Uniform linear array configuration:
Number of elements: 32
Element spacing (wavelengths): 0.25
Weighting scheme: exponential
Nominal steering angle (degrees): -45
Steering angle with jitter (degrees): -46.127
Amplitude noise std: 0.05
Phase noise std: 0.05

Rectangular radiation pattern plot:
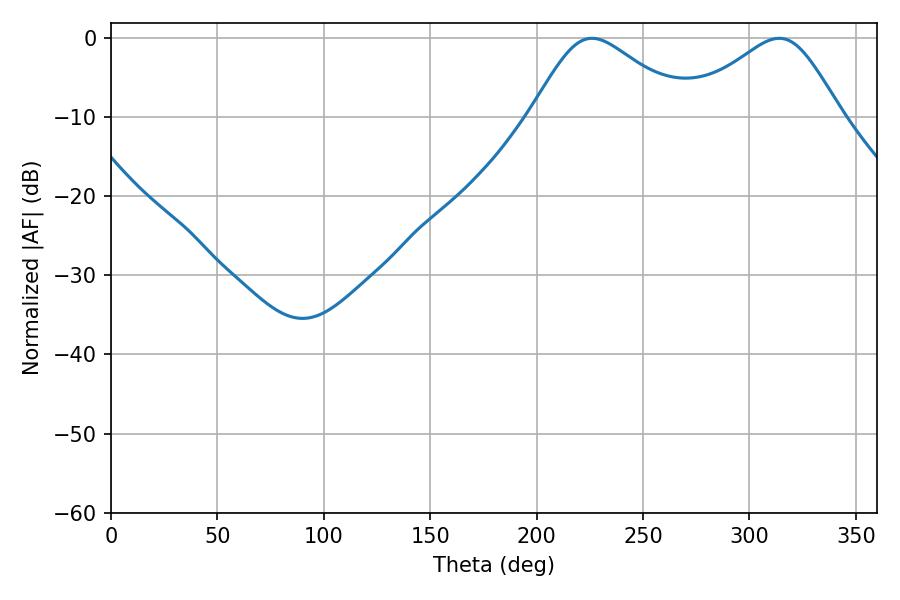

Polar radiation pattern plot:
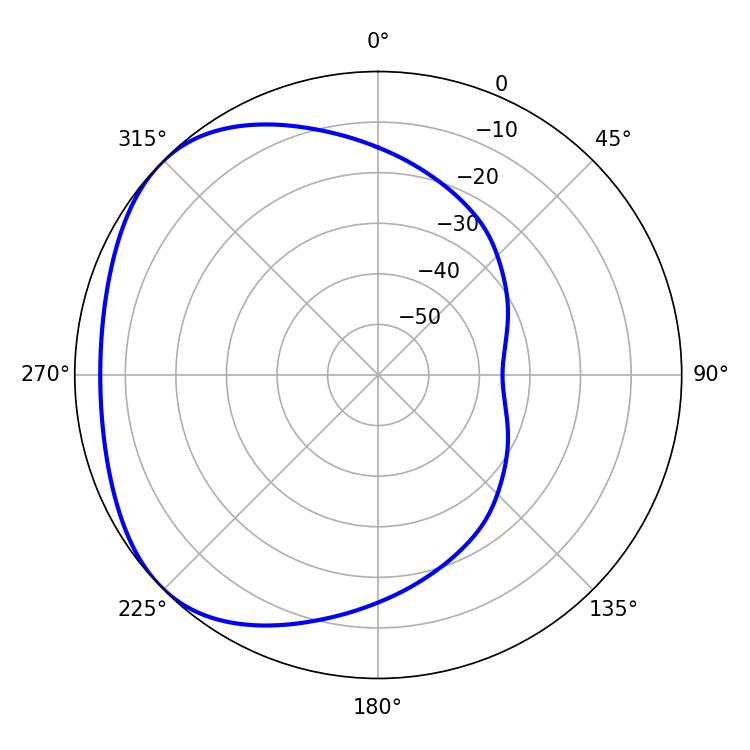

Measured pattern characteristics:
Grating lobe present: FALSE
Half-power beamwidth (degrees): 36.36
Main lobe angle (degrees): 226.08